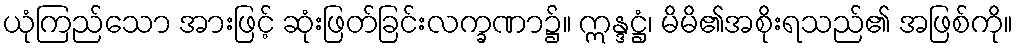
ယုံကြည်သော အားဖြင့် ဆုံးဖြတ်ခြင်းလက္ခဏာ၌။ ဣန္ဒဋ္ဌံ၊ မိမိ၏အစိုးရသည်၏ အဖြစ်ကို။